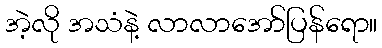
အဲ့လို အသံနဲ့ လာလာအော်ပြန်ရော။